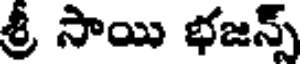
శ్రీ సాయి భజన్స్